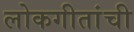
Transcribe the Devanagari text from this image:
लोकगीतांची